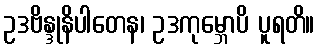
ဥဒဗိန္ဒုနိပါတေန၊ ဥဒကုမ္ဘောပိ ပူရတိ။